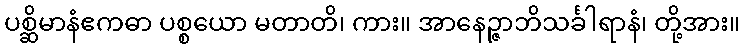
ပစ္ဆိမာနံဧကဓာ ပစ္စယော မတာတိ၊ ကား။ အာနေဉ္ဇာဘိသင်္ခါရာနံ၊ တို့အား။